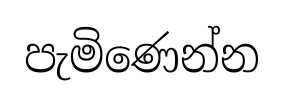
පැමිණෙන්න